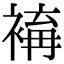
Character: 𧛥